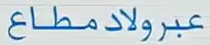
عبرولاد مطاع